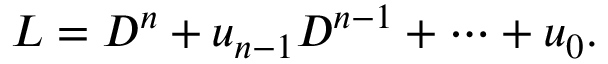
L = D ^ { n } + u _ { n - 1 } D ^ { n - 1 } + \cdots + u _ { 0 } .